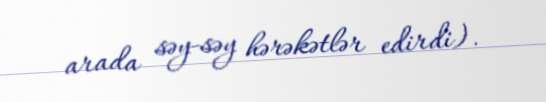
arada səy-səy hərəkətlər edirdi).